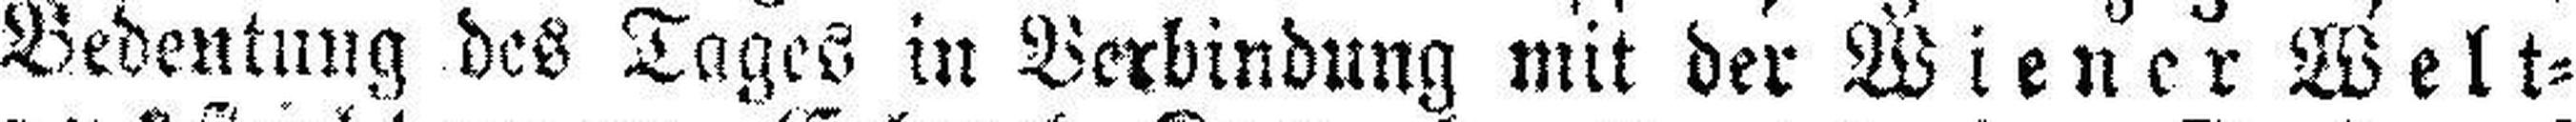
Bedentung des Tages in Verbindung mit der Wiener Welt¬